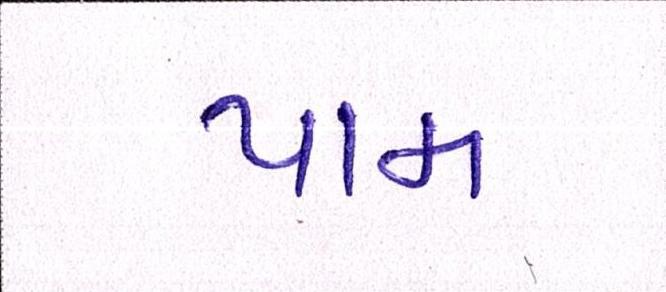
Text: પામ